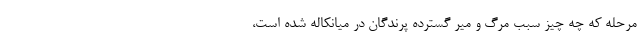
مرحله که چه چیز سبب مرگ و میر گسترده پرندگان در میانکاله شده است،